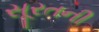
સૂરતની